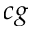
c g